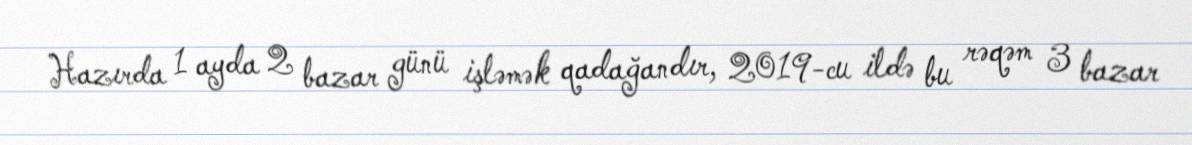
Hazırda 1 ayda 2 bazar günü işləmək qadağandır, 2019-cu ildə bu rəqəm 3 bazar